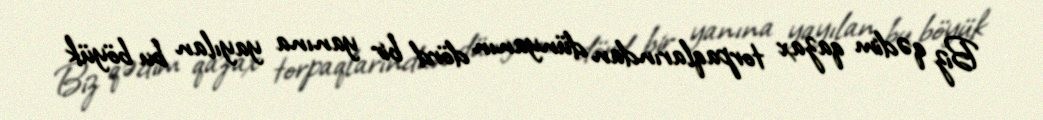
Biz qədim qazax torpaqlarından dünyanın dörd bir yanına yayılan bu böyük